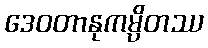
ဒေဝတာနုကမ္ပိတဿ